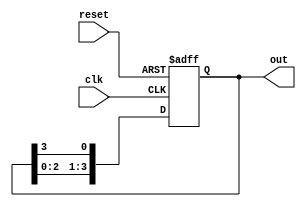
module ring_counter #(parameter WIDTH = 4) (
    input wire clk,          // Clock signal
    input wire reset,        // Asynchronous reset signal
    output reg [WIDTH-1:0] out // Output of the ring counter
);

// Initializing the counter
always @(posedge clk or posedge reset) begin
    if (reset) begin
        // Set initial state to '0001' for a 4-bit ring counter
        out <= 1'b1;  // Only the least significant bit is set to 1
    end else begin
        // Shift the '1' to the left - wrap around
        out <= {out[WIDTH-2:0], out[WIDTH-1]};
    end
end

endmodule